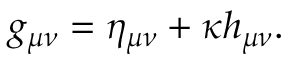
g _ { \mu \nu } = \eta _ { \mu \nu } + \kappa h _ { \mu \nu } .